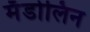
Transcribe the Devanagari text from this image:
मँडोलिन